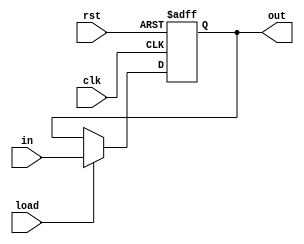
module comparch_lab3(out, in, clk, rst,load);
	parameter N=32;
	input [N-1:0] in; 
	input load, clk, rst;
	
	output reg [31:0] out; 
	
	always @(posedge clk or posedge rst)begin 
		if (rst==1) 
			out <= 0;
	
	
		else if (load==1) 
			out <=	in;
		else
			out <= out;
	end
	
endmodule